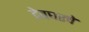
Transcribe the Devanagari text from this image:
देवघरचे